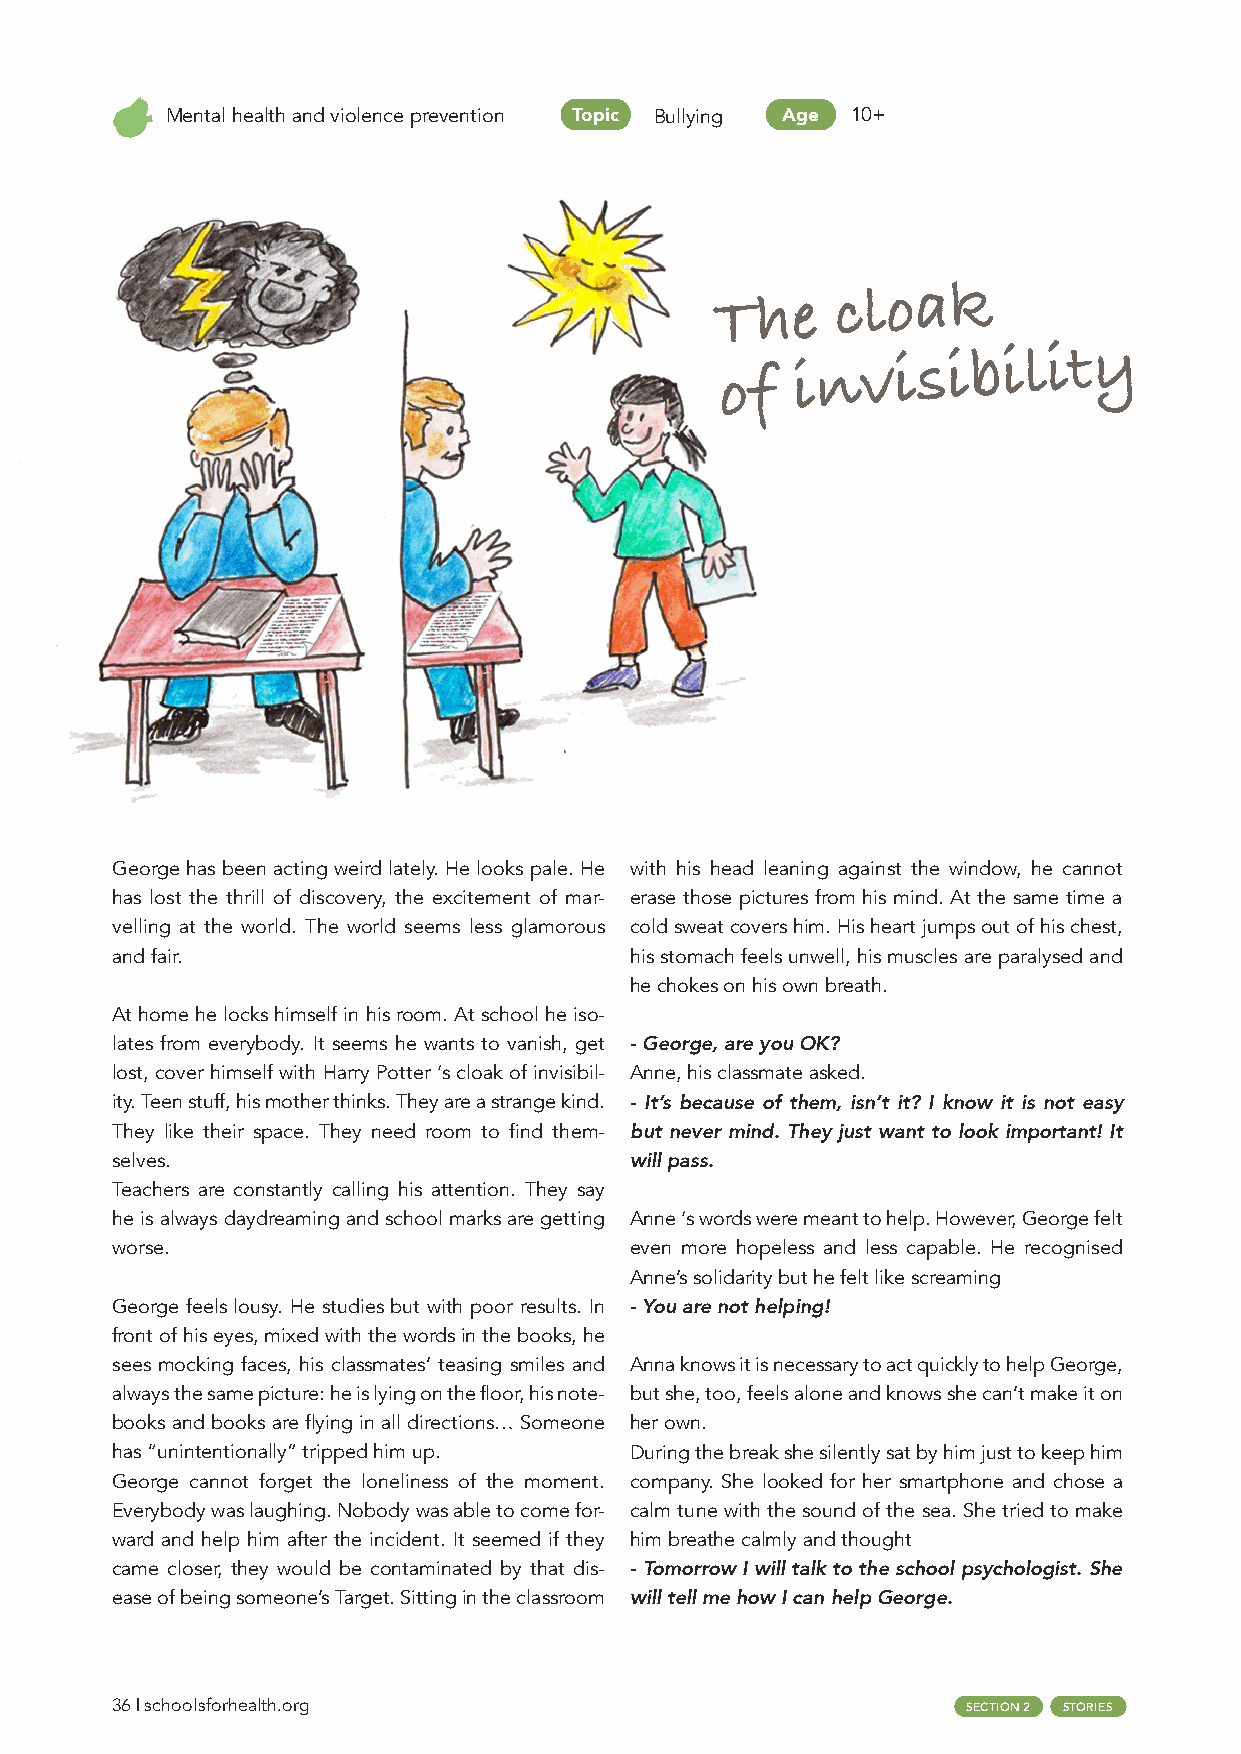
Mental health and violence prevention Topic Bullying Age 10+
 The
 cloak
 of
 invisibility
 George has been acting weird lately. He looks pale. He with his head leaning against the window, he cannot
 has lost the thrill of discovery, the excitement of mar- erase those pictures from his mind. At the same time a
 velling at the world. The world seems less glamorous cold sweat covers him. His heart jumps out of his chest,
 and fair.                          his stomach feels unwell, his muscles are paralysed and
 he chokes on his own breath.
 At home he locks himself in his room. At school he iso-
 lates from everybody. It seems he wants to vanish, get - George, are you OK?
 lost, cover himself with Harry Potter ‘s cloak of invisibil- Anne, his classmate asked.
 ity. Teen stuff, his mother thinks. They are a strange kind. - It’s because of them, isn’t it? I know it is not easy
 They like their space. They need room to find them- but never mind. They just want to look important! It
 selves.                            will pass.
 Teachers are constantly calling his attention. They say
 he is always daydreaming and school marks are getting Anne ‘s words were meant to help. However, George felt
 worse.                             even more hopeless and less capable. He recognised
 Anne’s solidarity but he felt like screaming
 George feels lousy. He studies but with poor results. In - You are not helping!
 front of his eyes, mixed with the words in the books, he
 sees mocking faces, his classmates’ teasing smiles and Anna knows it is necessary to act quickly to help George,
 always the same picture: he is lying on the floor, his note- but she, too, feels alone and knows she can’t make it on
 books and books are flying in all directions… Someone her own.
 has “unintentionally” tripped him up. During the break she silently sat by him just to keep him
 George cannot forget the loneliness of the moment. company. She looked for her smartphone and chose a
 Everybody was laughing. Nobody was able to come for- calm tune with the sound of the sea. She tried to make
 ward and help him after the incident. It seemed if they him breathe calmly and thought
 came closer, they would be contaminated by that dis- - Tomorrow I will talk to the school psychologist. She
 ease of being someone’s Target. Sitting in the classroom will tell me how I can help George.
 36 | schoolsforhealth.org                                SECTION 2 STORIES